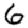
Digit: 6